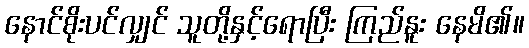
နောင်စိုးပင်လျှင် သူတို့နှင့်ရောပြီး ကြည်နူး နေမိ၏။